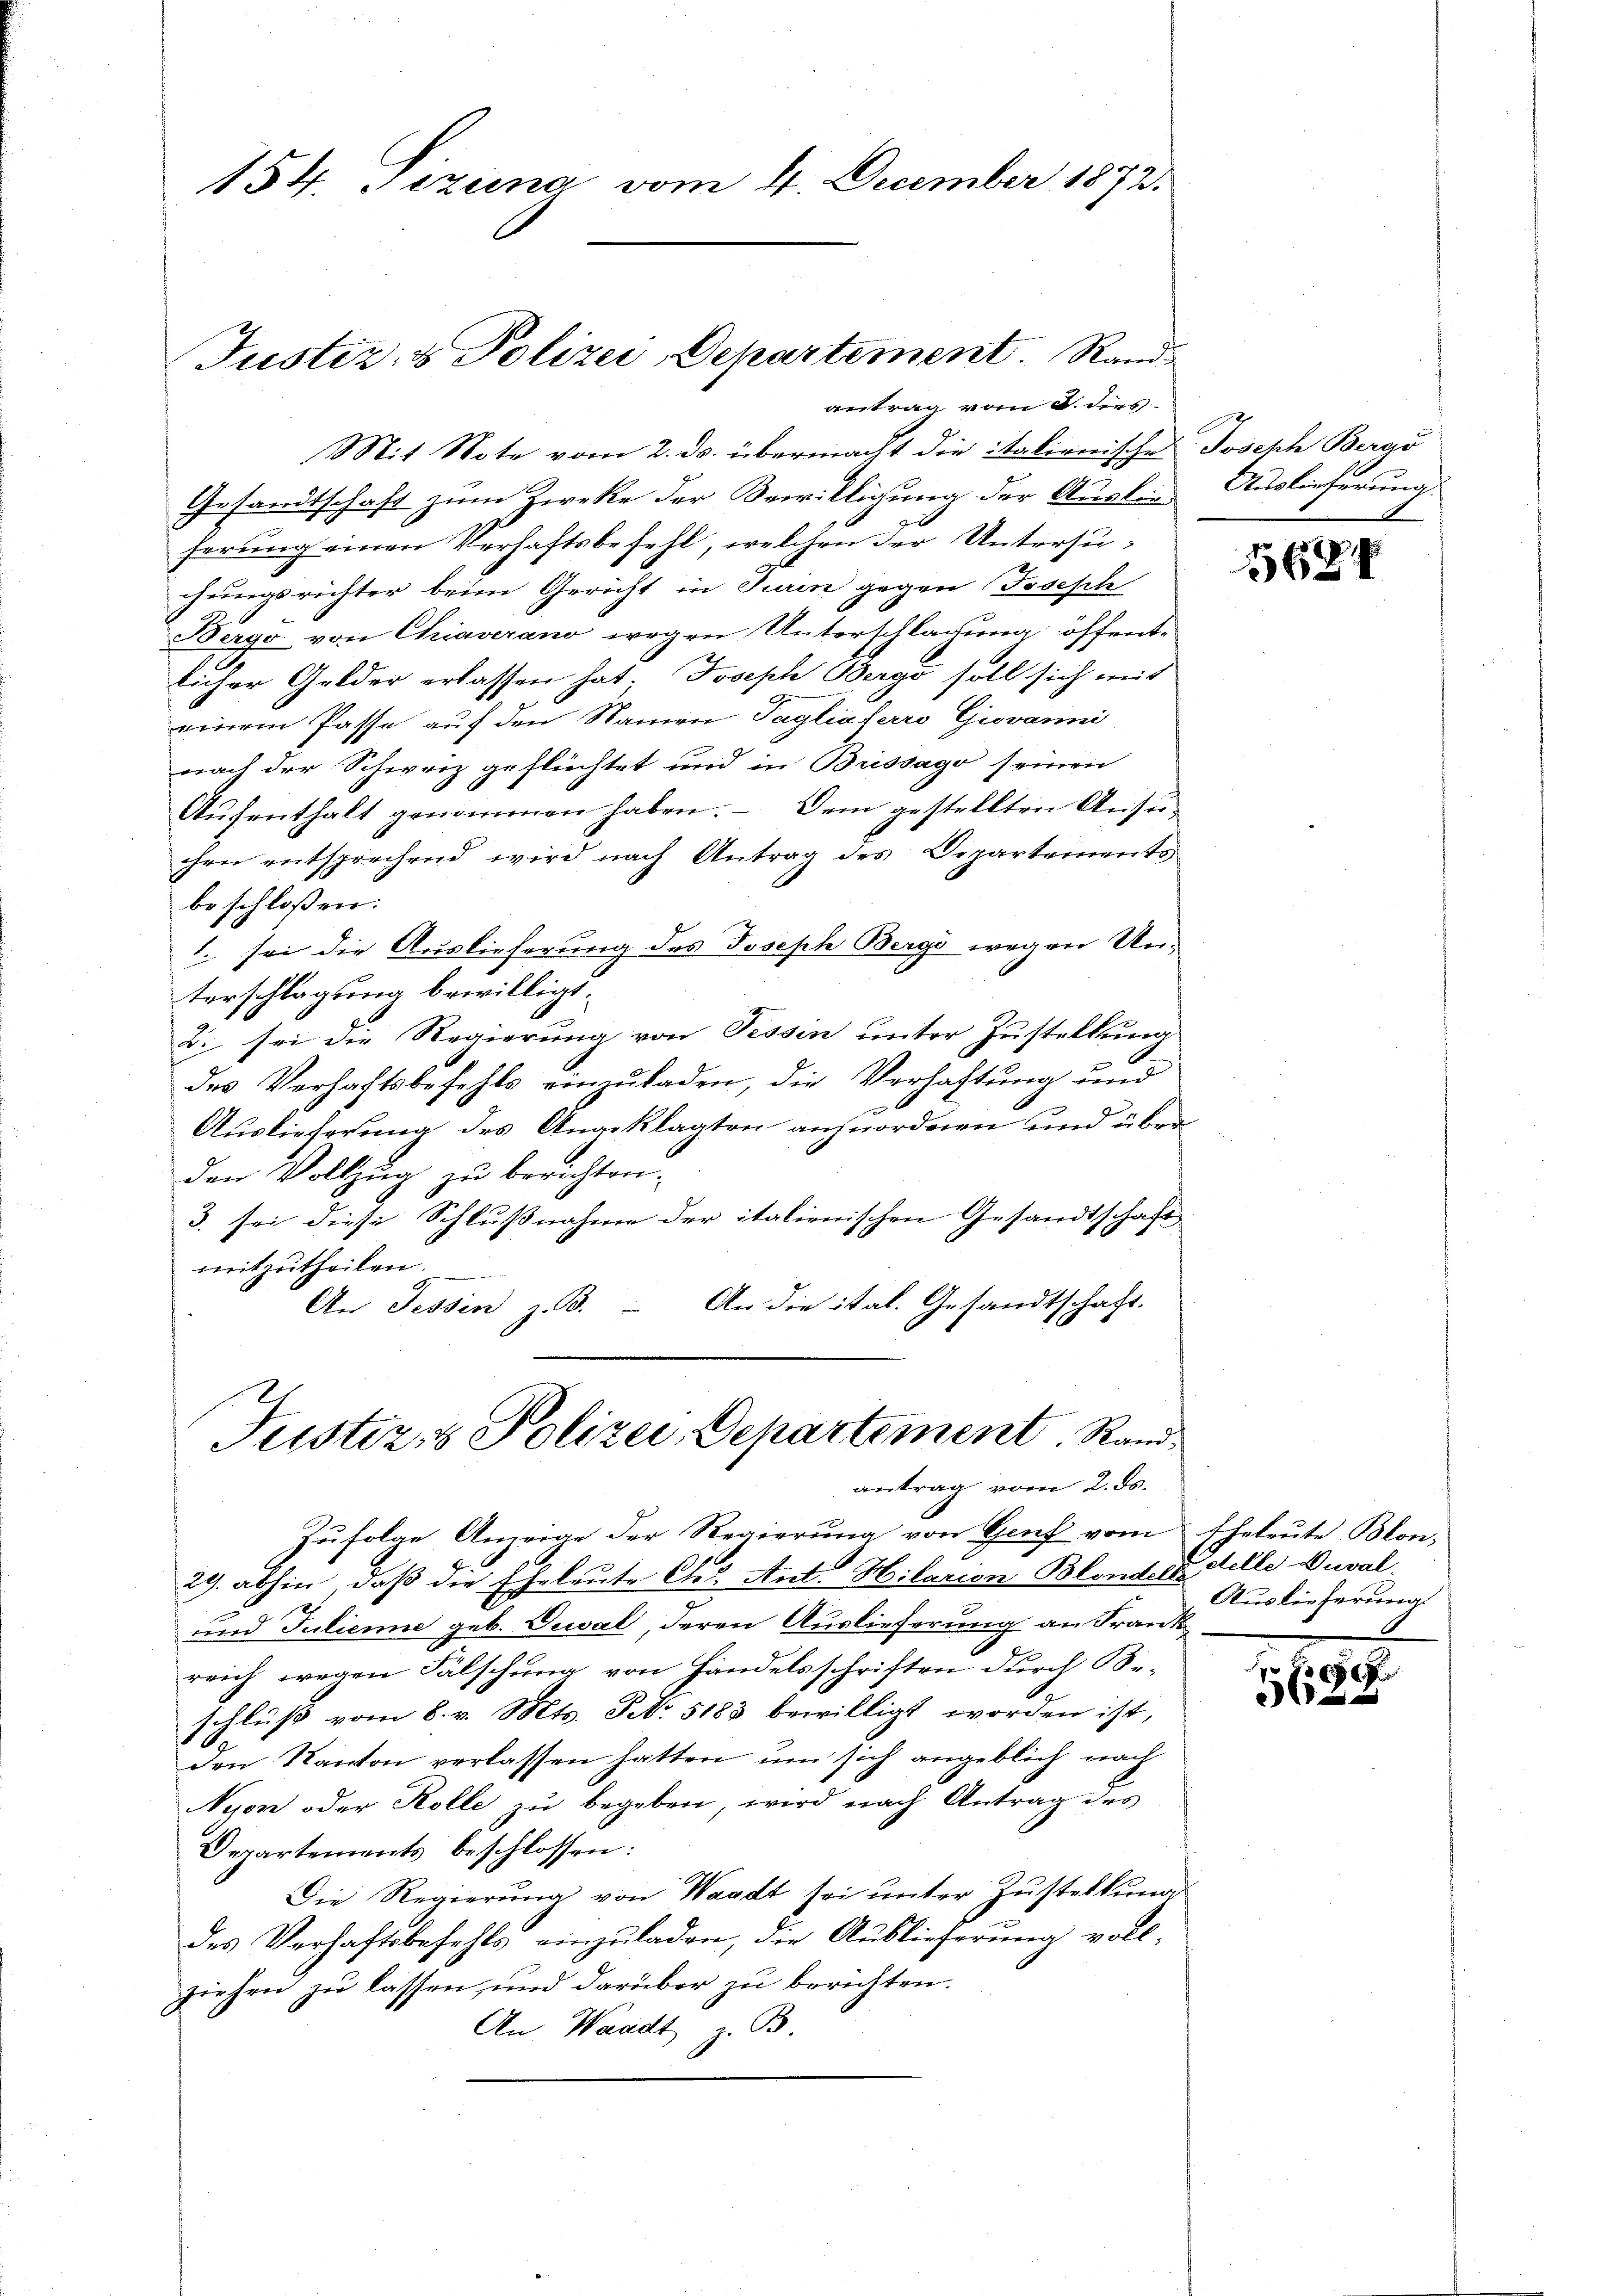
154. Pizina vom 4. December 1872.

Justiz- & Polizei Departement. Rand
antrag vom 8. dies

Mit Note vom 2. ds. übermacht die italienisches Joseph Bergs
Gesandtschaft zum Zwecke der Bewilligung der Ausler Auslieferung
herung einen Verhaftsbefehl, welchen der Untersuhungsrichter beim Gericht in Turin gegen Joseph
Bergo von Chiaverano wegen Unterschlagung öffent-
licher Gelder erlassen hat. Joseph Bergs soll sich mit
einem Pässe auf den Namen Tagliaferro Giovanni
nach der Schweiz geflüchtet und in Brissago seinen
Aŭfenthalt genommen haben. – Dem gestellten Ansuchen entsprechend wird nach Antrag des Departements
beschloßen:
1. sei die Auslieferung des Joseph Bergs wegen Unterschlagung bewilligt.
2. sei die Regierung von Fessen unter Zustellung
8
des Verhaftsbefehls einzuladen, die Verhaftung und
megen
Auslieferung des Angeklagten anzuordnen und über
den Vollzug zu berichten.
3. sei diese Schlußnahme der italienischen Gesandtschaft
mitzutheilen.
An die ital. Gesandtschaft.
An Fessen z. B.
Justiz- & Polizei, Departement, Rand
antrag vom 2. ds.

Zŭfolge Anzeige der Regierŭng von Genf vom Eheleute Blon,
29. abhin, daß die Eheleute Chr. Ant. Hilarion Blonder Stelle Duval¬
und Julienne geb. Deval, deren Auslieferung an Frank
reich wegen Fälschung von Handelsschriften durch Beschluss vom 8. v. Mts. S. 5183 bewilligt worden ist,
0
den Kanton verlassen hatten, um sich angeblich nach
Nyon oder Kolle zu begeben, wird nach Antrag des
Departements beschlossen:
Die Regierŭng von Waadt sei unter Zustellung
des Verhaftsbefehls einzuladen, die Auslieferung vollziehen zu lassen, und darüber zu berichten.
An Waadt, B.

5684

Auslieferung

1.1919.